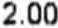
2.00